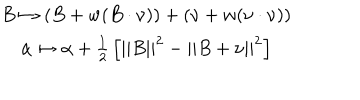
LaTeX: \begin{array} { c } { { B \mapsto \left( B + w ( B \cdot \nu ) \right) + \left( \nu + w ( \nu \cdot \nu ) \right) } } \\ { { \alpha \mapsto \alpha + { \frac { 1 } { 2 } } \left[ | | B | | ^ { 2 } - | | B + \nu | | ^ { 2 } \right] } } \\ \end{array}